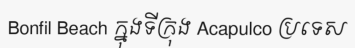
Bonfil Beach ក្នុងទីក្រុង Acapulco ប្រទេស